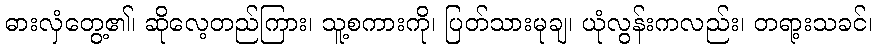
ဓားလှံတွေ့၏၊ ဆိုလေ့တည်ကြား၊ သူ့စကားကို၊ ပြတ်သားမုချ၊ ယုံလွန်းကလည်း၊ တရာ့းသခင်၊